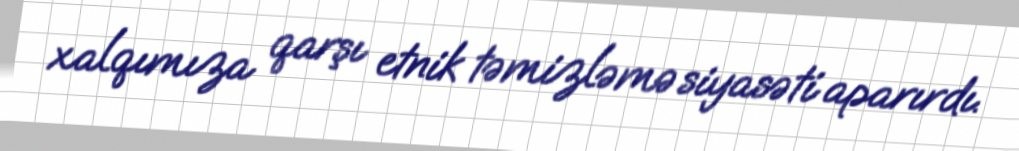
xalqımıza qarşı etnik təmizləmə siyasəti aparırdı.